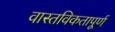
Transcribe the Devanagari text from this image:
वास्तविकतापूर्ण